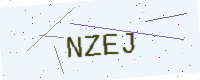
Text: NZEJ